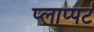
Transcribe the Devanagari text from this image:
प्लाप्पर्ट